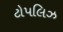
ટોપલિઝ